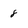
Character: 8